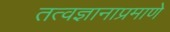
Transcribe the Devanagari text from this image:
तत्वज्ञानाप्रमाणे